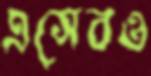
এসেবও